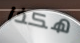
هكذا